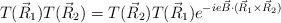
LaTeX: \begin{align*}T(\vec{R}_1)T(\vec{R}_2)=T(\vec{R}_2)T(\vec{R}_1)e^{-ie\vec{B}\cdot(\vec{R}_1\times \vec{R}_2)}\end{align*}